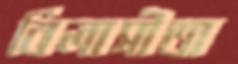
বিলাসীতা